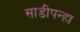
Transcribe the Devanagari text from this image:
साडीपन्हा